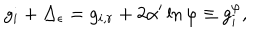
g _ { i } + \Delta _ { \epsilon } = g _ { i , r } + 2 \alpha ^ { \prime } \ln \varphi \equiv g _ { i } ^ { \varphi } ,